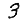
Digit: 3